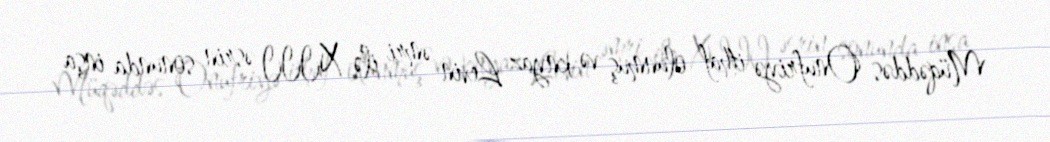
Müqəddəs Onufriyə ithaf olunmuş və knyaz Levin əmri ilə XIII əsrin sonunda inşa